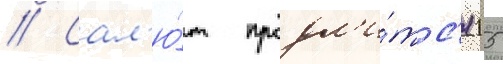
// Сал'ю́т продл'и́тс'я 15